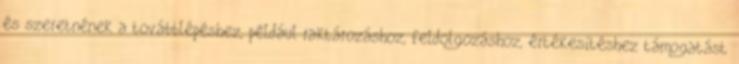
és szeretnének a továbblépéshez, például raktározáshoz, feldolgozáshoz, értékesítéshez támogatást